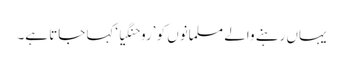
یہاں رہنے والے مسلمانوں کو ’روحنگیا‘کہا جاتا ہے۔